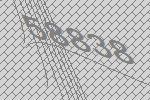
58838